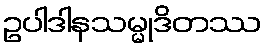
ဥပါဒါနသမ္မုဒိတဿ